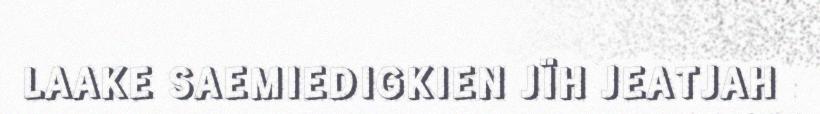
LAAKE SAEMIEDIGKIEN JÏH JEATJAH